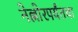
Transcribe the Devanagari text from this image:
नेल्लोरपर्यंतचा